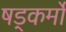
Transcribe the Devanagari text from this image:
षड्कर्मों